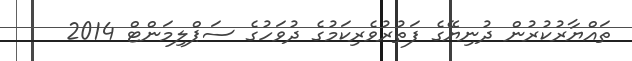
ތައްޔާރުކުރުން ދުނިޔޭގެ ފަތުރުވެރިކަމުގެ ދުވަހުގެ ސަޕްލިމަންޓް 2014